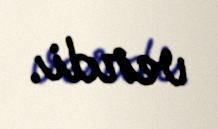
verdi.